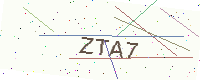
Text: ZTA7